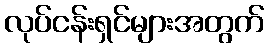
လုပ်ငန်းရှင်များအတွက်